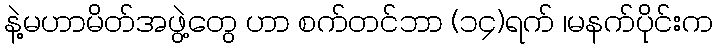
နဲ့မဟာမိတ်အဖွဲ့တွေ ဟာ စက်တင်ဘာ (၁၄)ရက် ၊မနက်ပိုင်းက